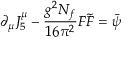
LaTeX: \partial _ { \mu } J _ { 5 } ^ { \mu } - { \frac { g ^ { 2 } N _ { f } } { 1 6 \pi ^ { 2 } } } F \widetilde { F } = \bar { \psi }